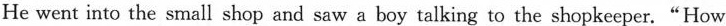
He went into the small shop and saw a boy talking to the shopkeeper."How